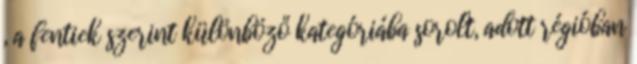
, a fentiek szerint különböző kategóriába sorolt, adott régióban